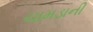
ચામડાની